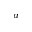
^ a